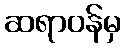
ဆရာဝန်မှ